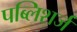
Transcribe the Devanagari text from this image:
पब्लिशर्ज